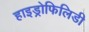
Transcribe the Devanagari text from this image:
हाइड्रोफिलिडी